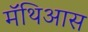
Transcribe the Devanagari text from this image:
मॅथिआस